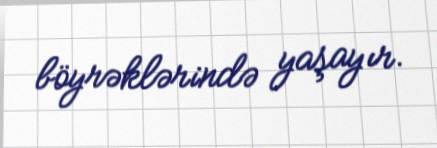
böyrəklərində yaşayır.